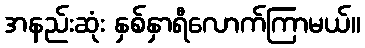
အနည်းဆုံး နှစ်နှာရီလောက်ကြာမယ်။